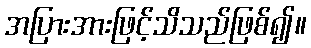
အပြားအားဖြင့်သိသည်ဖြစ်၍။